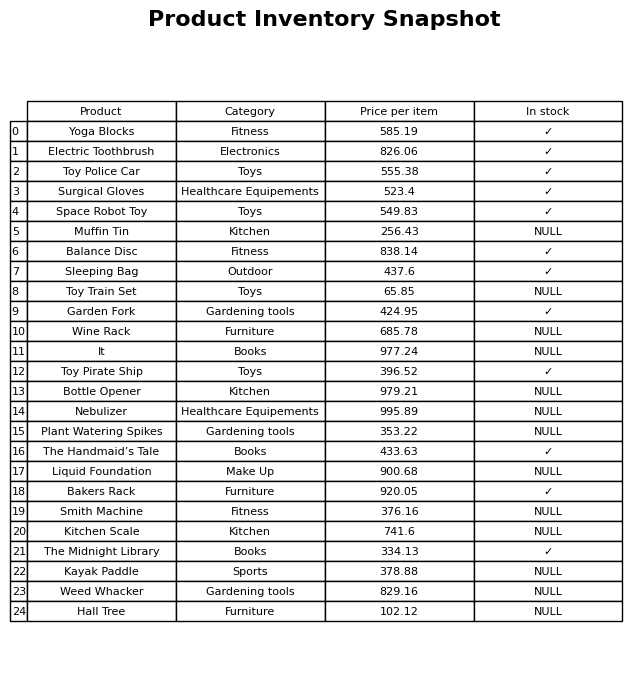
question: What is the price of the Space Robot Toy?
answer: The price of Space Robot Toy is 549.83.